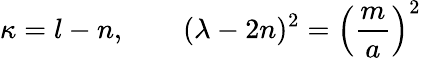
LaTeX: \kappa=l-n,\qquad(\lambda-2n)^{2}=\left({\frac{m}{a}}\right)^{2}